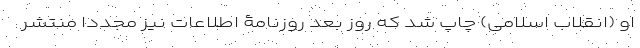
او (انقلاب اسلامی) چاپ شد که روز بعد روزنامۀ اطلاعات نیز مجدداً منتشر